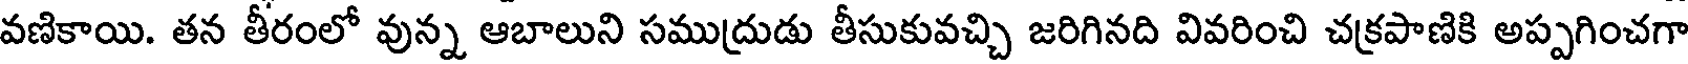
వణికాయి. తన తీరంలో వున్న ఆబాలుని సముద్రుడు తీసుకువచ్చి జరిగినది వివరించి చక్రపాణికి అప్పగించగా